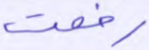
رفعت